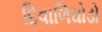
દિવાળિઘોડો